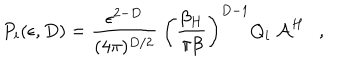
P _ { i } ( \epsilon , D ) = { \frac { \epsilon ^ { 2 - D } } { ( 4 \pi ) ^ { D / 2 } } } ~ \left( { \frac { \beta _ { H } } { \pi \beta } } \right) ^ { D - 1 } Q _ { i } ~ { \cal A } ^ { H } ,